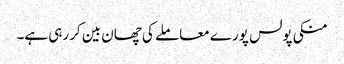
منکی پولس پورے معاملے کی چھان بین کررہی ہے۔